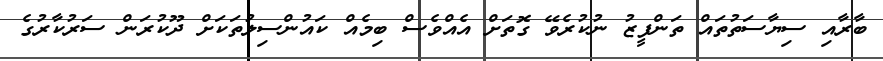
ބާރާއި ސިޔާސަތުތައް ތަންފީޒު ނުކުރެވޭ ގޮތަށް އެއްވެސް ބިމެއް ކައުންސިލުތަކަށް ދޫކުރަން ސަރުކާރުގެ